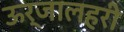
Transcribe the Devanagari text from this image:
ऊर्जालहरी